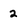
Character: 2